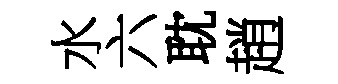
水六耽趙